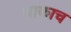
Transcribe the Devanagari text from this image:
धाकाच